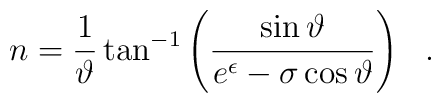
n=\frac{1}{\vartheta} \tan^{-1} \left ( \frac{\sin\vartheta}{e^\epsilon-\sigma\cos\vartheta} \right ) \ \ .